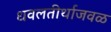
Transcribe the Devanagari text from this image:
धवलतीर्थाजवळ